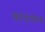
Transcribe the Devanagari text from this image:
वैदिणेव